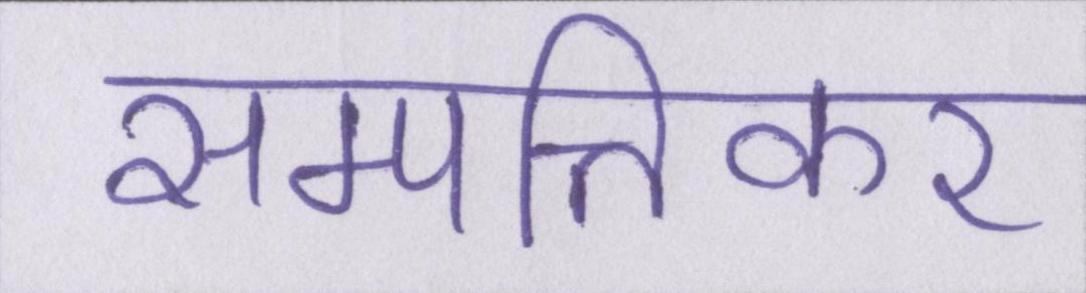
सम्पत्तिकर